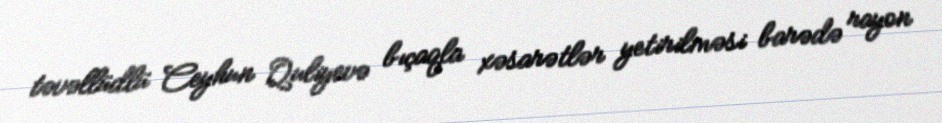
təvəllüdlü Ceyhun Quliyevə bıçaqla xəsarətlər yetirilməsi barədə rayon